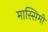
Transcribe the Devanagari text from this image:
मास्सिमी